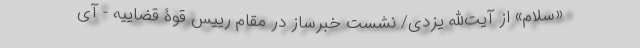
«سلام» از آیت‌الله یزدی/ نشست خبرساز در مقام رییس قوۀ قضاییه - آی